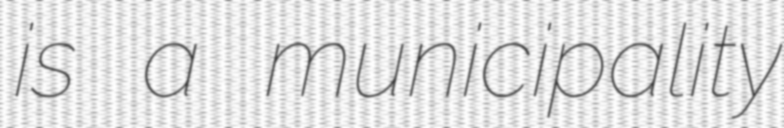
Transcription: is a municipality